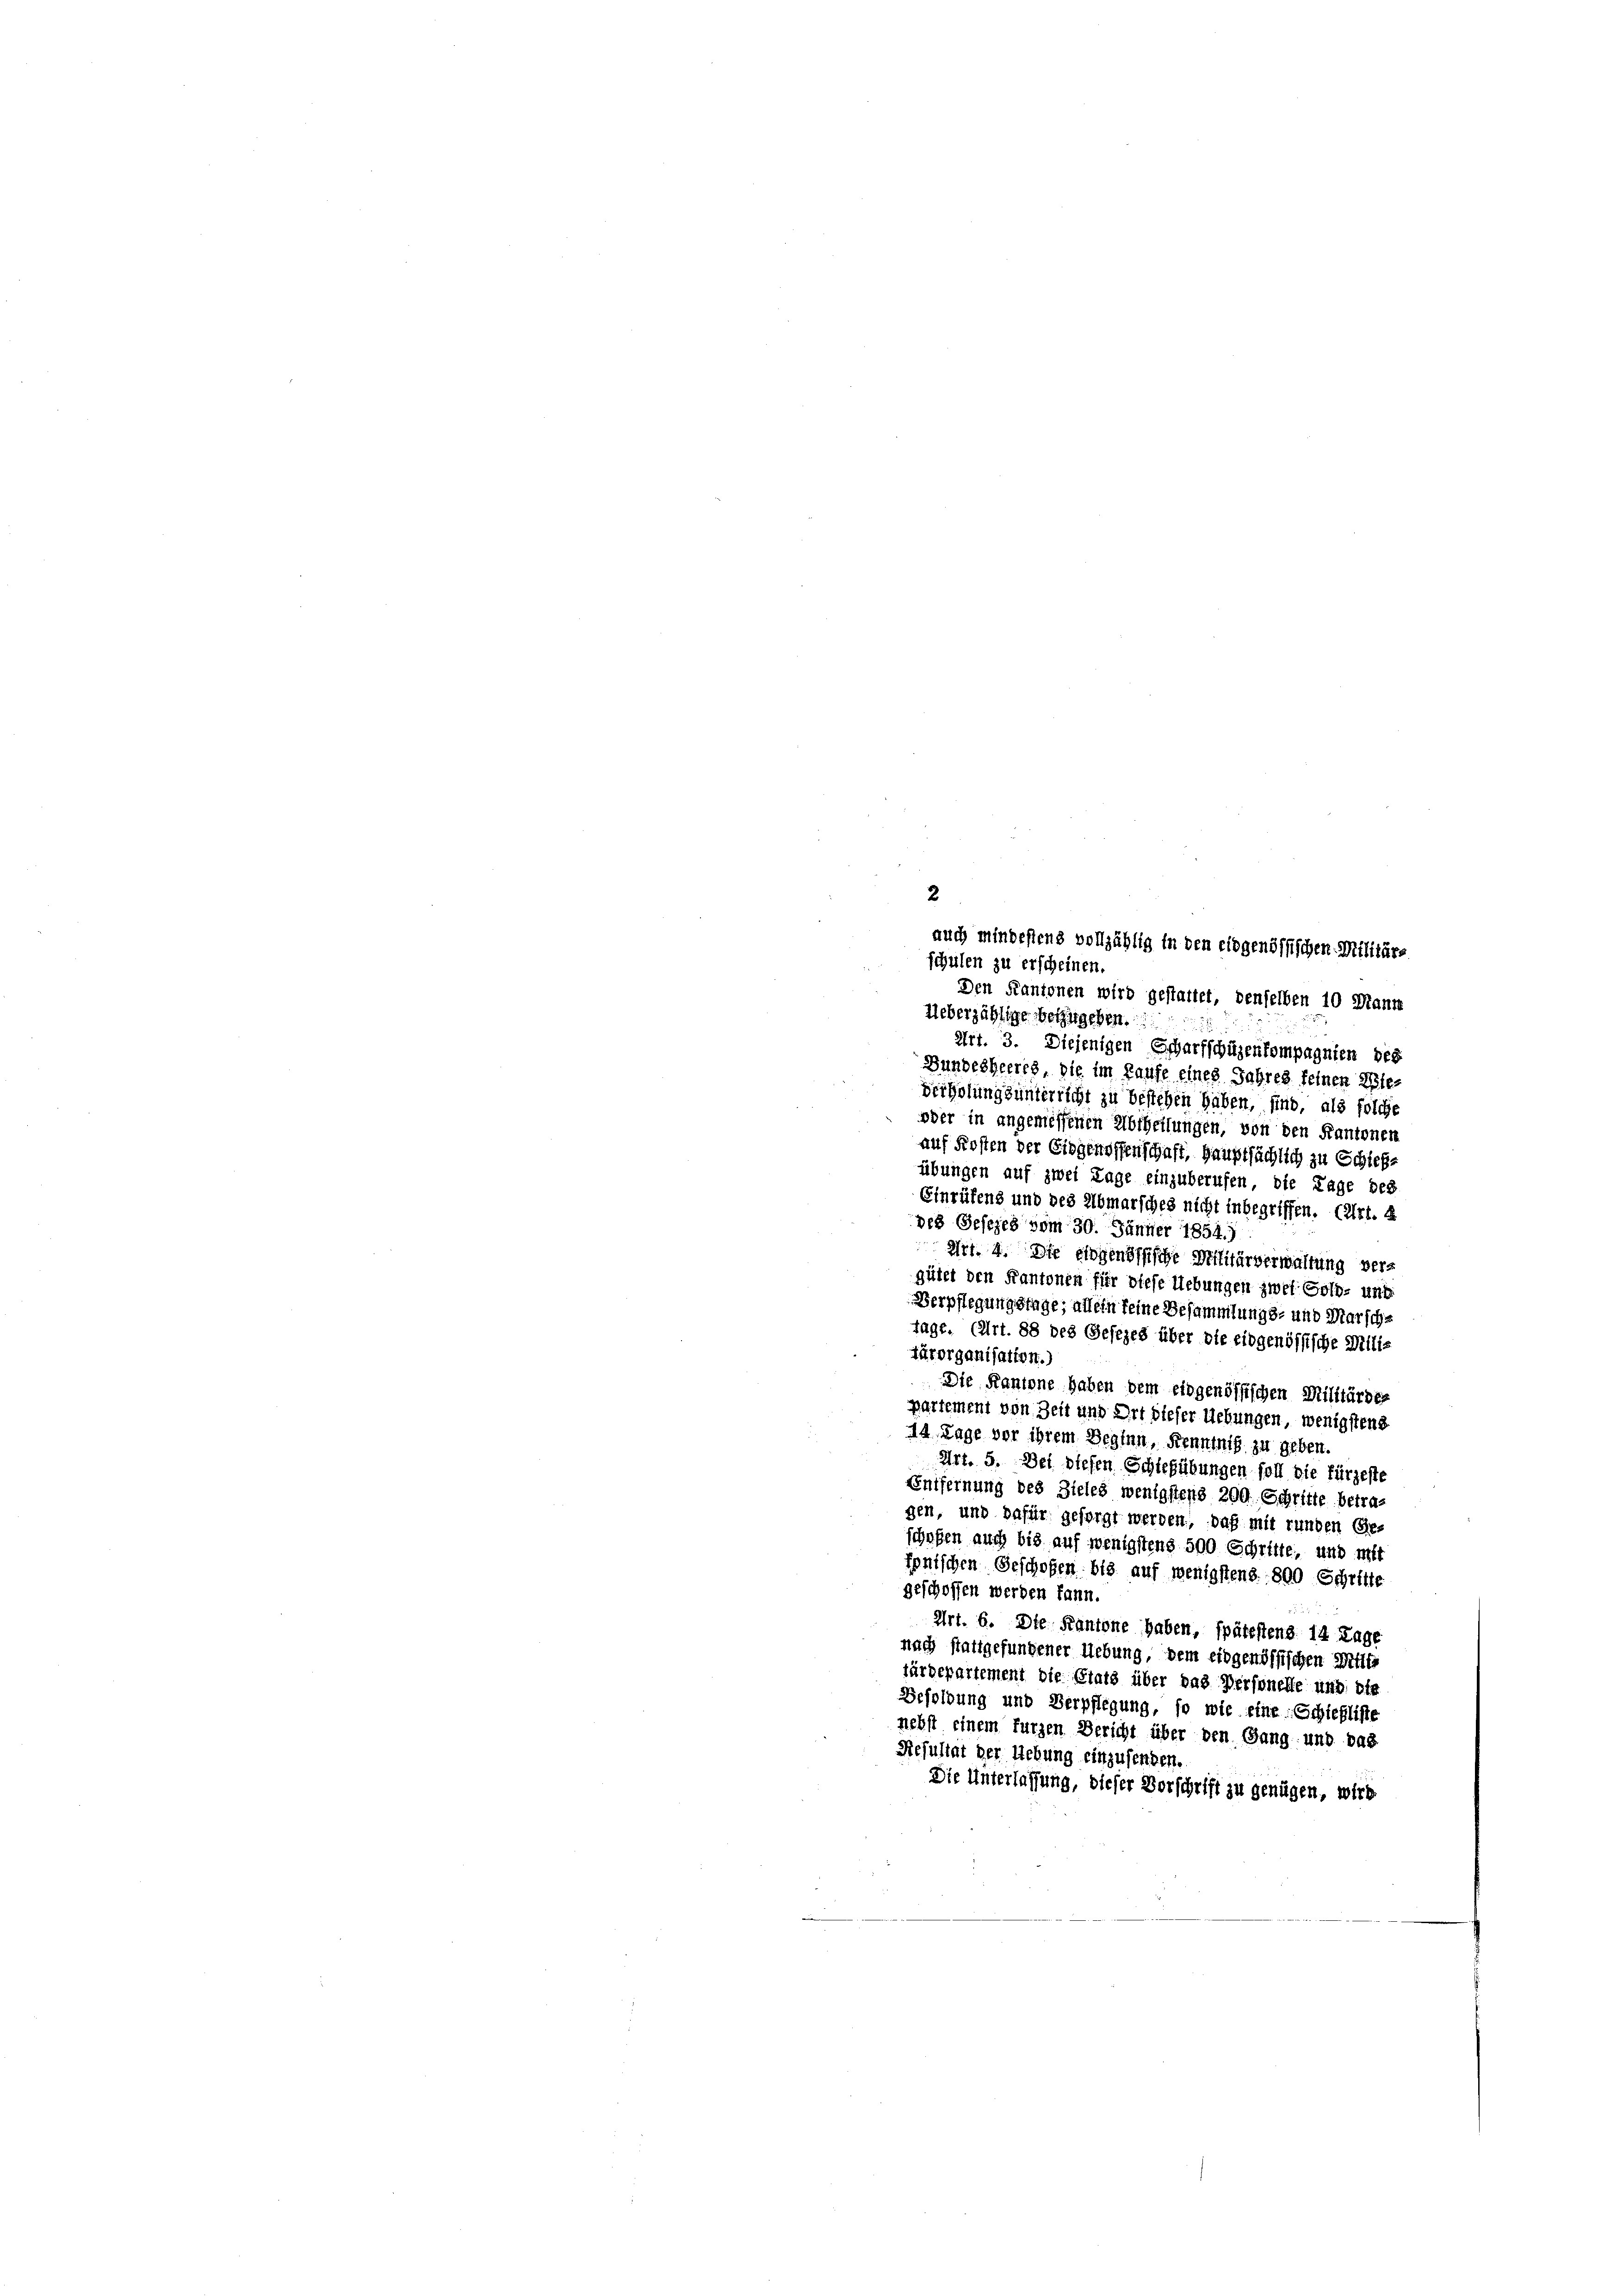
2
auch mindestens vollzählig in den eidgenössischen Militärs
schulen zu erscheinen.
Den Kantonen wird gestattet, denselben 10 Mann
Ueberzählige bezugeben.
Art. 3. Diejenigen Echarfschüzenkompagnien bes
Bundesheeres, die im Kaufe eines Jahres feinen Ele-
Verholungsunterricht zu bestehen haben, sind, als folche
oder in angemessenen Abtheilungen, von den Kantonen
auf Kosten der Eidgenossenschaft, hauptsächlich zu Schiefe
übungen auf zwei Lage einzuberufen, die Lage des
Einrüfens und des Abmarsches nicht inbegriffen. (Art. 4
pes Gesezes vom 30. Jänner 1854.)
Art. 4. Die eidgenössische Militärverwaltung vergütet den Kantonen für diese Uebungen zwei Gold- und
Verpflegungstage, allein seine Besammlungs- und Marsche
tage. (Art. 88 des Gesezes über die eidgenössische Miliz
ärorganisation.)
Die Kantone haben dem eidgenössischen Militärdes
partement von Zeit und Ort dieser Uebungen, wenigstens
14. Tage vor ihrem Beginn, Kenntnis zu geben.
Art. 5. Der diesen Schießübungen soll die fürzeste
Enifernung des Zieles wenigstens 200. Schritte betragen, und dafür gesorgt werden, daß mit runden Ge-
schafen auch bis auf wenigstens 500 Schritte, und mit
fonischen Geschofen bis auf wenigstens 800 Schritte
geschoffen werden kann.
Art. 6. Die Kantone haben, spätestens 14 Tage
nach stattgefungener Uebung, dem eidgenössischen Mitte
färdepartement die Stats über das Personelle und die
Gesoldung und Verpflegung, so wie eine Schiefliste
nehst einem furzen Bericht über den Gang und das
Resultat der Uebung einzusenden.
Die Unterlassung, dieser Vorschrift zu genügen, wird